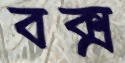
বক্স